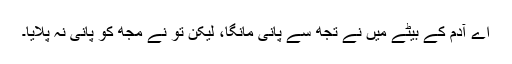
اے آدم کے بیٹے میں نے تجھ سے پانی مانگا، لیکن تو نے مجھ کو پانی نہ پلایا۔